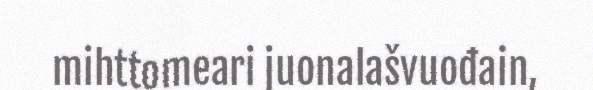
mihttomeari juonalašvuođain,